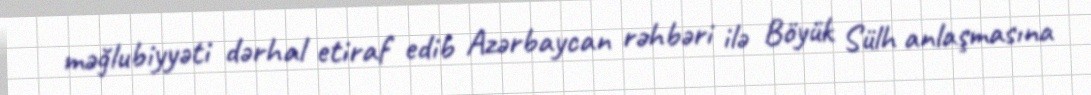
məğlubiyyəti dərhal etiraf edib Azərbaycan rəhbəri ilə Böyük Sülh anlaşmasına